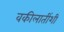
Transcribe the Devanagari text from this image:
वकीलातींशी